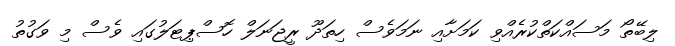
ލިބޭތޯ މަސައްކަތްކުރެއްވި ކަމަށާއި ނަމަވެސް ހިތަދޫ ރީޖަނަލް ހޮސްޕިޓަލުގައި ވެސް މި ވަގުތު